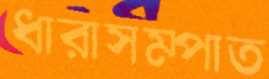
ধারাসম্পাত